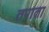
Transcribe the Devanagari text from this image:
तपाता